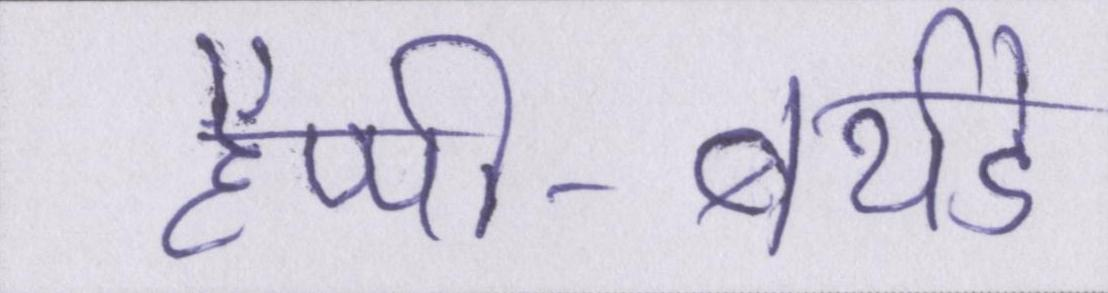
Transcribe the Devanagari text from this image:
हैप्पी-बर्थडे